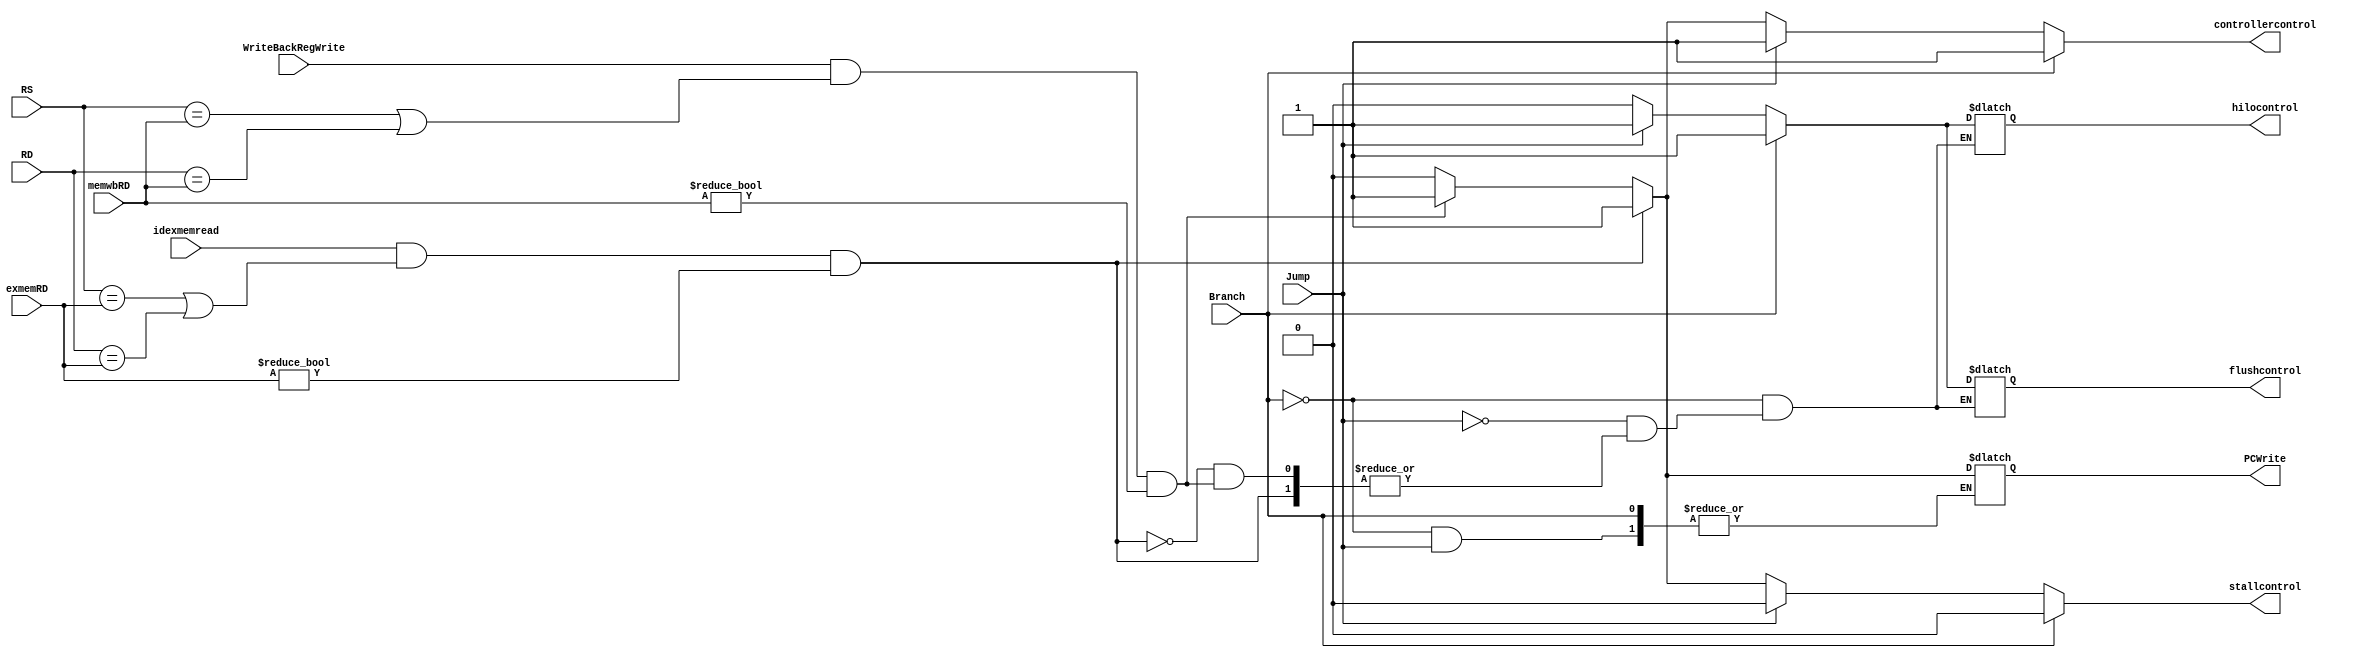
module HazardDetectionUnit(Branch,Jump, PCWrite, RS, RD,  exmemRD, memwbRD, WriteBackRegWrite, idexmemread,  flushcontrol, stallcontrol, hilocontrol, controllercontrol);

    input Branch, Jump, WriteBackRegWrite, idexmemread;
    output reg flushcontrol, stallcontrol, hilocontrol, PCWrite, controllercontrol;
    input [4:0] RS, RD, exmemRD, memwbRD;
    always @(Branch, Jump, WriteBackRegWrite, idexmemread, RS, RD, exmemRD, memwbRD) begin
        if(Branch == 1)begin
            flushcontrol <=1'b1;
            controllercontrol <=1'b1;
            hilocontrol <= 1'b1;    //keeps the hilo data 
            stallcontrol <=1'b0;     //doesn't stall for branch 
        end
        else if (Jump == 1)begin
            flushcontrol <=1'b1;
            controllercontrol <=1'b1;
            hilocontrol <= 1'b1;    //keeps the hilo data 
            stallcontrol <=1'b0;     //doesn't stall for jumps 
        end
        
        else if(idexmemread == 1'b1 && (RS == exmemRD || RD == exmemRD) && (exmemRD !=5'b00000))begin
            stallcontrol <= 1'b1;    //stalls 
            controllercontrol <=1'b1;
            PCWrite <=1'b1;         //PC won't count the next addr 
        end
        else if (WriteBackRegWrite ==1'b1 && (RS == memwbRD || RD == memwbRD) && (memwbRD != 5'b00000)) begin
            stallcontrol <= 1'b1;    //stalls 
            controllercontrol <=1'b1;
            PCWrite <=1'b1;         //PC won't count the next addr 
        end
        else begin
            flushcontrol <=1'b0;
            hilocontrol <= 1'b0;    //lets alu write over hilo data
            stallcontrol <=1'b0;     //doesnt stall  
            controllercontrol <=1'b0;
            PCWrite <=1'b0;
        end
    end
    
    

endmodule